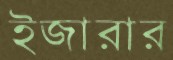
ইজারার